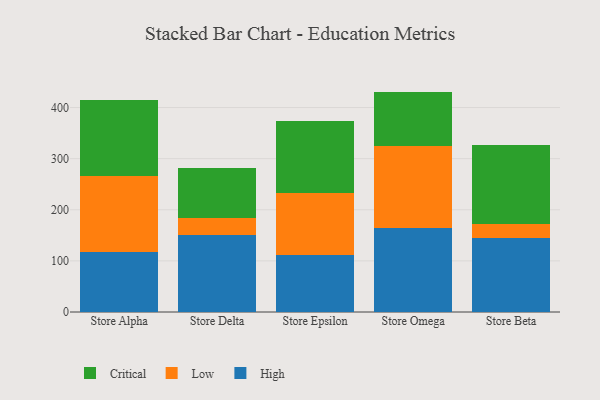
{"axis": {"x": "Store", "y": "Production Output"}, "legend": ["Critical", "High", "Low"], "data": [{"x": "Store Alpha", "y": 118.3, "type": "High"}, {"x": "Store Alpha", "y": 148.3, "type": "Low"}, {"x": "Store Alpha", "y": 147.6, "type": "Critical"}, {"x": "Store Delta", "y": 150.9, "type": "High"}, {"x": "Store Delta", "y": 32.6, "type": "Low"}, {"x": "Store Delta", "y": 98.6, "type": "Critical"}, {"x": "Store Epsilon", "y": 111.9, "type": "High"}, {"x": "Store Epsilon", "y": 121.5, "type": "Low"}, {"x": "Store Epsilon", "y": 139.6, "type": "Critical"}, {"x": "Store Omega", "y": 165.1, "type": "High"}, {"x": "Store Omega", "y": 159.7, "type": "Low"}, {"x": "Store Omega", "y": 106.4, "type": "Critical"}, {"x": "Store Beta", "y": 145.4, "type": "High"}, {"x": "Store Beta", "y": 27.0, "type": "Low"}, {"x": "Store Beta", "y": 154.6, "type": "Critical"}]}